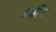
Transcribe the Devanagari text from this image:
तर्कीत